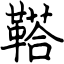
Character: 鞳